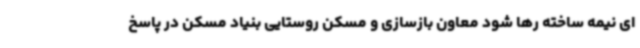
ای نیمه ساخته رها شود معاون بازسازی و مسکن روستایی بنیاد مسکن در پاسخ